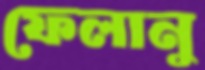
ফেলানু